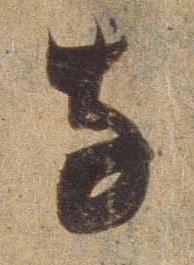
な